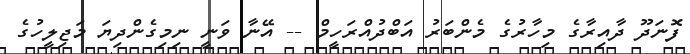
ފޮނަދޫ ދާއިރާގެ މިހާރުގެ މެންބަރު އަބްދުއްރަހީމް -- އޭނާ ވަނީ ނިމިގެންދިޔަ މަޖިލީހުގެ